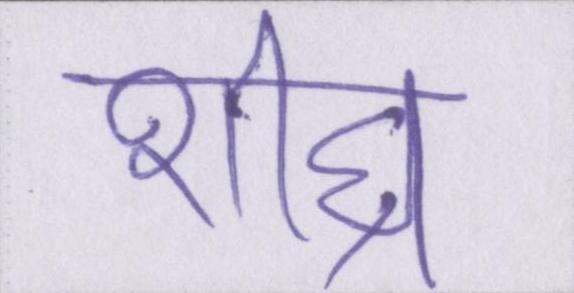
शीघ्र